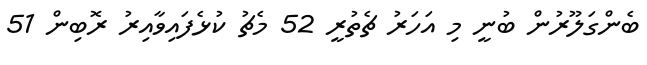
ބެންގަލޫރުން ބުނީ މި އަހަރު ޗެތުރީ 52 މެޗު ކުޅެފައިވާއިރު ރޮބިން 51